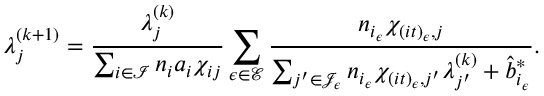
\lambda _ { j } ^ { ( k + 1 ) } = \frac { \lambda _ { j } ^ { ( k ) } } { \sum _ { i \in \mathcal { I } } { n _ { i } a _ { i } \chi _ { i j } } } \sum _ { \epsilon \in \mathcal { E } } { \frac { n _ { i _ { \epsilon } } \chi _ { ( i t ) _ { \epsilon } , j } } { \sum _ { j ^ { \prime } \in \mathcal { J } _ { \epsilon } } n _ { i _ { \epsilon } } \chi _ { ( i t ) _ { \epsilon } , j ^ { \prime } } \lambda _ { j ^ { \prime } } ^ { ( k ) } + \hat { b } _ { i _ { \epsilon } } ^ { * } } } .